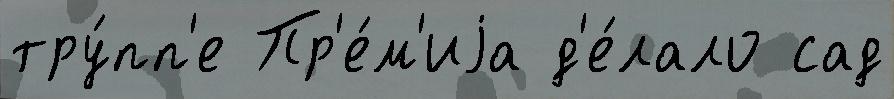
тру́пп'е Пр'е́м'иjа д'е́лало сад